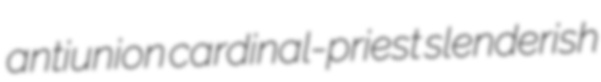
antiunion cardinal-priest slenderish